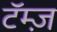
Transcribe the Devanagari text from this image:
टॅम्ज़